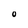
Character: O